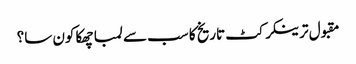
مقبول ترینکرکٹ تاریخ کا سب سے لمبا چھکا کون سا؟